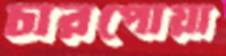
চারপোয়া